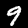
Digit: 9